Annual statistical returns and brief notes on vaccination in Bengal - 1909-1929
Year: 1909
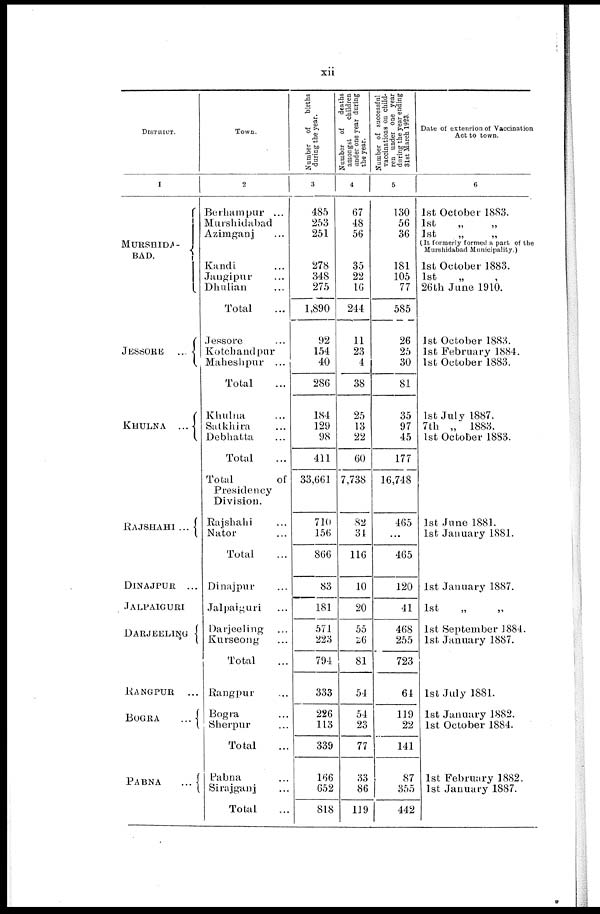
xii
DISTRICT.
1
MURSHIDA-
BAD.
JESSORE
...
KHULNA
...
RAJSHAHI ...
DINAJPUR
...
JALPAIGURI
DARJEELING
KANGPUR
...
BOGRA
...
PABNA
...
Town.
2
Berhampur ...
Murshidabad
Azimganj ...
Kandi ...
Jangipur ...
Dhulian ...
Total ...
Jessore ...
Kotchandpur
Maheshpur ...
Total ...
Khulna ...
Satkhira ...
Debhatta ...
Total ...
Total
of
Presidency
Division.
Rajshahi ...
Nator ...
Total ...
Dinajpur ...
Jalpaiguri ...
Darjeeling ...
Kurseong ...
Total ...
Rangpur ...
Bogra ...
Sherpur ...
Total ...
Pabna ...
Sirajganj ...
Total ...
Number of
births
during the year.
3
485
253
251
278
348
275
1,890
92
154
40
286
184
129
98
411
33,661
710
156
866
83
181
571
223
794
333
226
113
339
166
652
818
Number of
deaths
amongst
children
under one year during
the year.
4
67
48
56
35
22
16
244
11
23
4
38
25
13
22
60
7,738
82
34
116
10
20
55
26
81
54
54
23
77
33
86
119
Number of successful
vaccinations on child-
ren under one year
during the year ending
31st March 1923.
5
130
56
36
181
105
77
585
26
25
30
81
35
97
45
177
16,748
465
...
465
120
41
468
255
723
64
119
22
141
87
355
442
Date of extension of Vaccination
Act to town.
6
1st October 1883.
1st
„
„
1st „ „
(It formerly formed a part of the
Murshidabad Municipality.)
1st October 1883.
1st „ „
26th June 1910.
1st October 1883.
1st February 1884.
1st October 1883.
1st July 1887.
7th „ 1883.
1st October 1883.
1st June 1881.
1st January 1881.
1st January 1887.
1st „ „
1st September 1884.
1st January 1887.
1st July 1881.
1st January 1882.
1st October 1884.
1st February 1882.
1st January 1887.